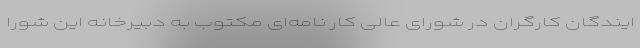
ایندگان کارگران در شورای عالی کار نامه‌ای مکتوب به دبیرخانه این شورا